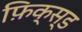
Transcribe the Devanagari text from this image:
फ़ि़क्स्ड